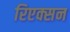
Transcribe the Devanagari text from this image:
रिएक्सन